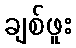
ချစ်ဖူး